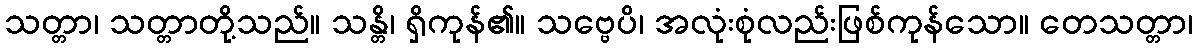
သတ္တာ၊ သတ္တာတို့သည်။ သန္တိ၊ ရှိကုန်၏။ သဗ္ဗေပိ၊ အလုံးစုံလည်းဖြစ်ကုန်သော။ တေသတ္တာ၊